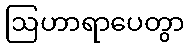
ဩဟာရာပေတွာ